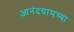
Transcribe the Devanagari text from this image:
आनंदग्रामच्या